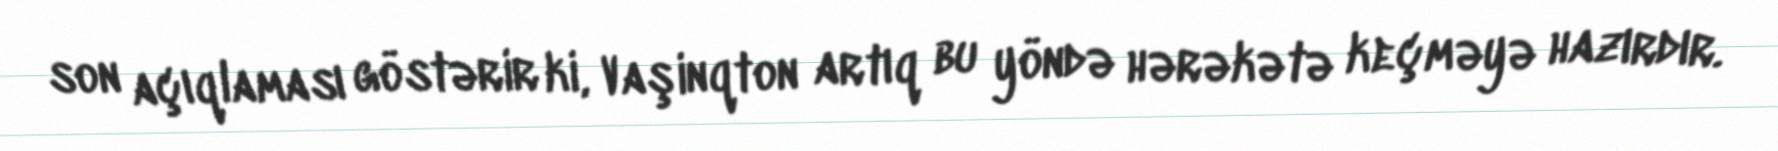
son açıqlaması göstərir ki, Vaşinqton artıq bu yöndə hərəkətə keçməyə hazırdır.